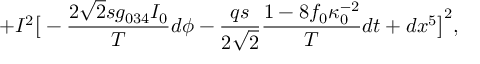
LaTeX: + I ^ { 2 } \big [ - { \frac { 2 \sqrt 2 s g _ { 0 3 4 } I _ { 0 } } { T } } d \phi - { \frac { q s } { 2 \sqrt 2 } } { \frac { 1 - 8 f _ { 0 } \kappa _ { 0 } ^ { - 2 } } { T } } d t + d x ^ { 5 } \big ] ^ { 2 } ,